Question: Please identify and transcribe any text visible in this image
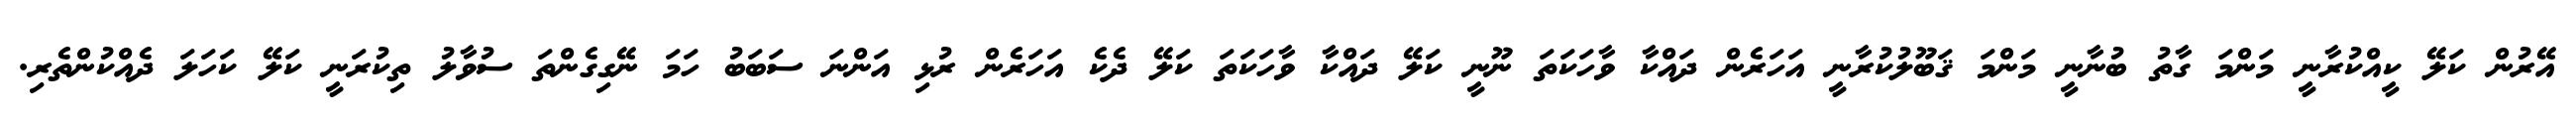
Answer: އޭރުން ކަލޭ ކީއްކުރާނީ މަންމަ ގާތު ބުނާނީ މަންމަ ޤަބޫލުކުރާނީ އަހަރެން ދައްކާ ވާހަކަތަ ނޫނީ ކަލޭ ދައްކާ ވާހަކަތަ ކަލޭ ދެކެ އަހަރެން ރުޅި އަންނަ ސަބަބު ހަމަ ނޭގިގެންތަ ސުވާލު ތިކުރަނީ ކަލޭ ކަހަލަ ދެއްކުންތެރި.